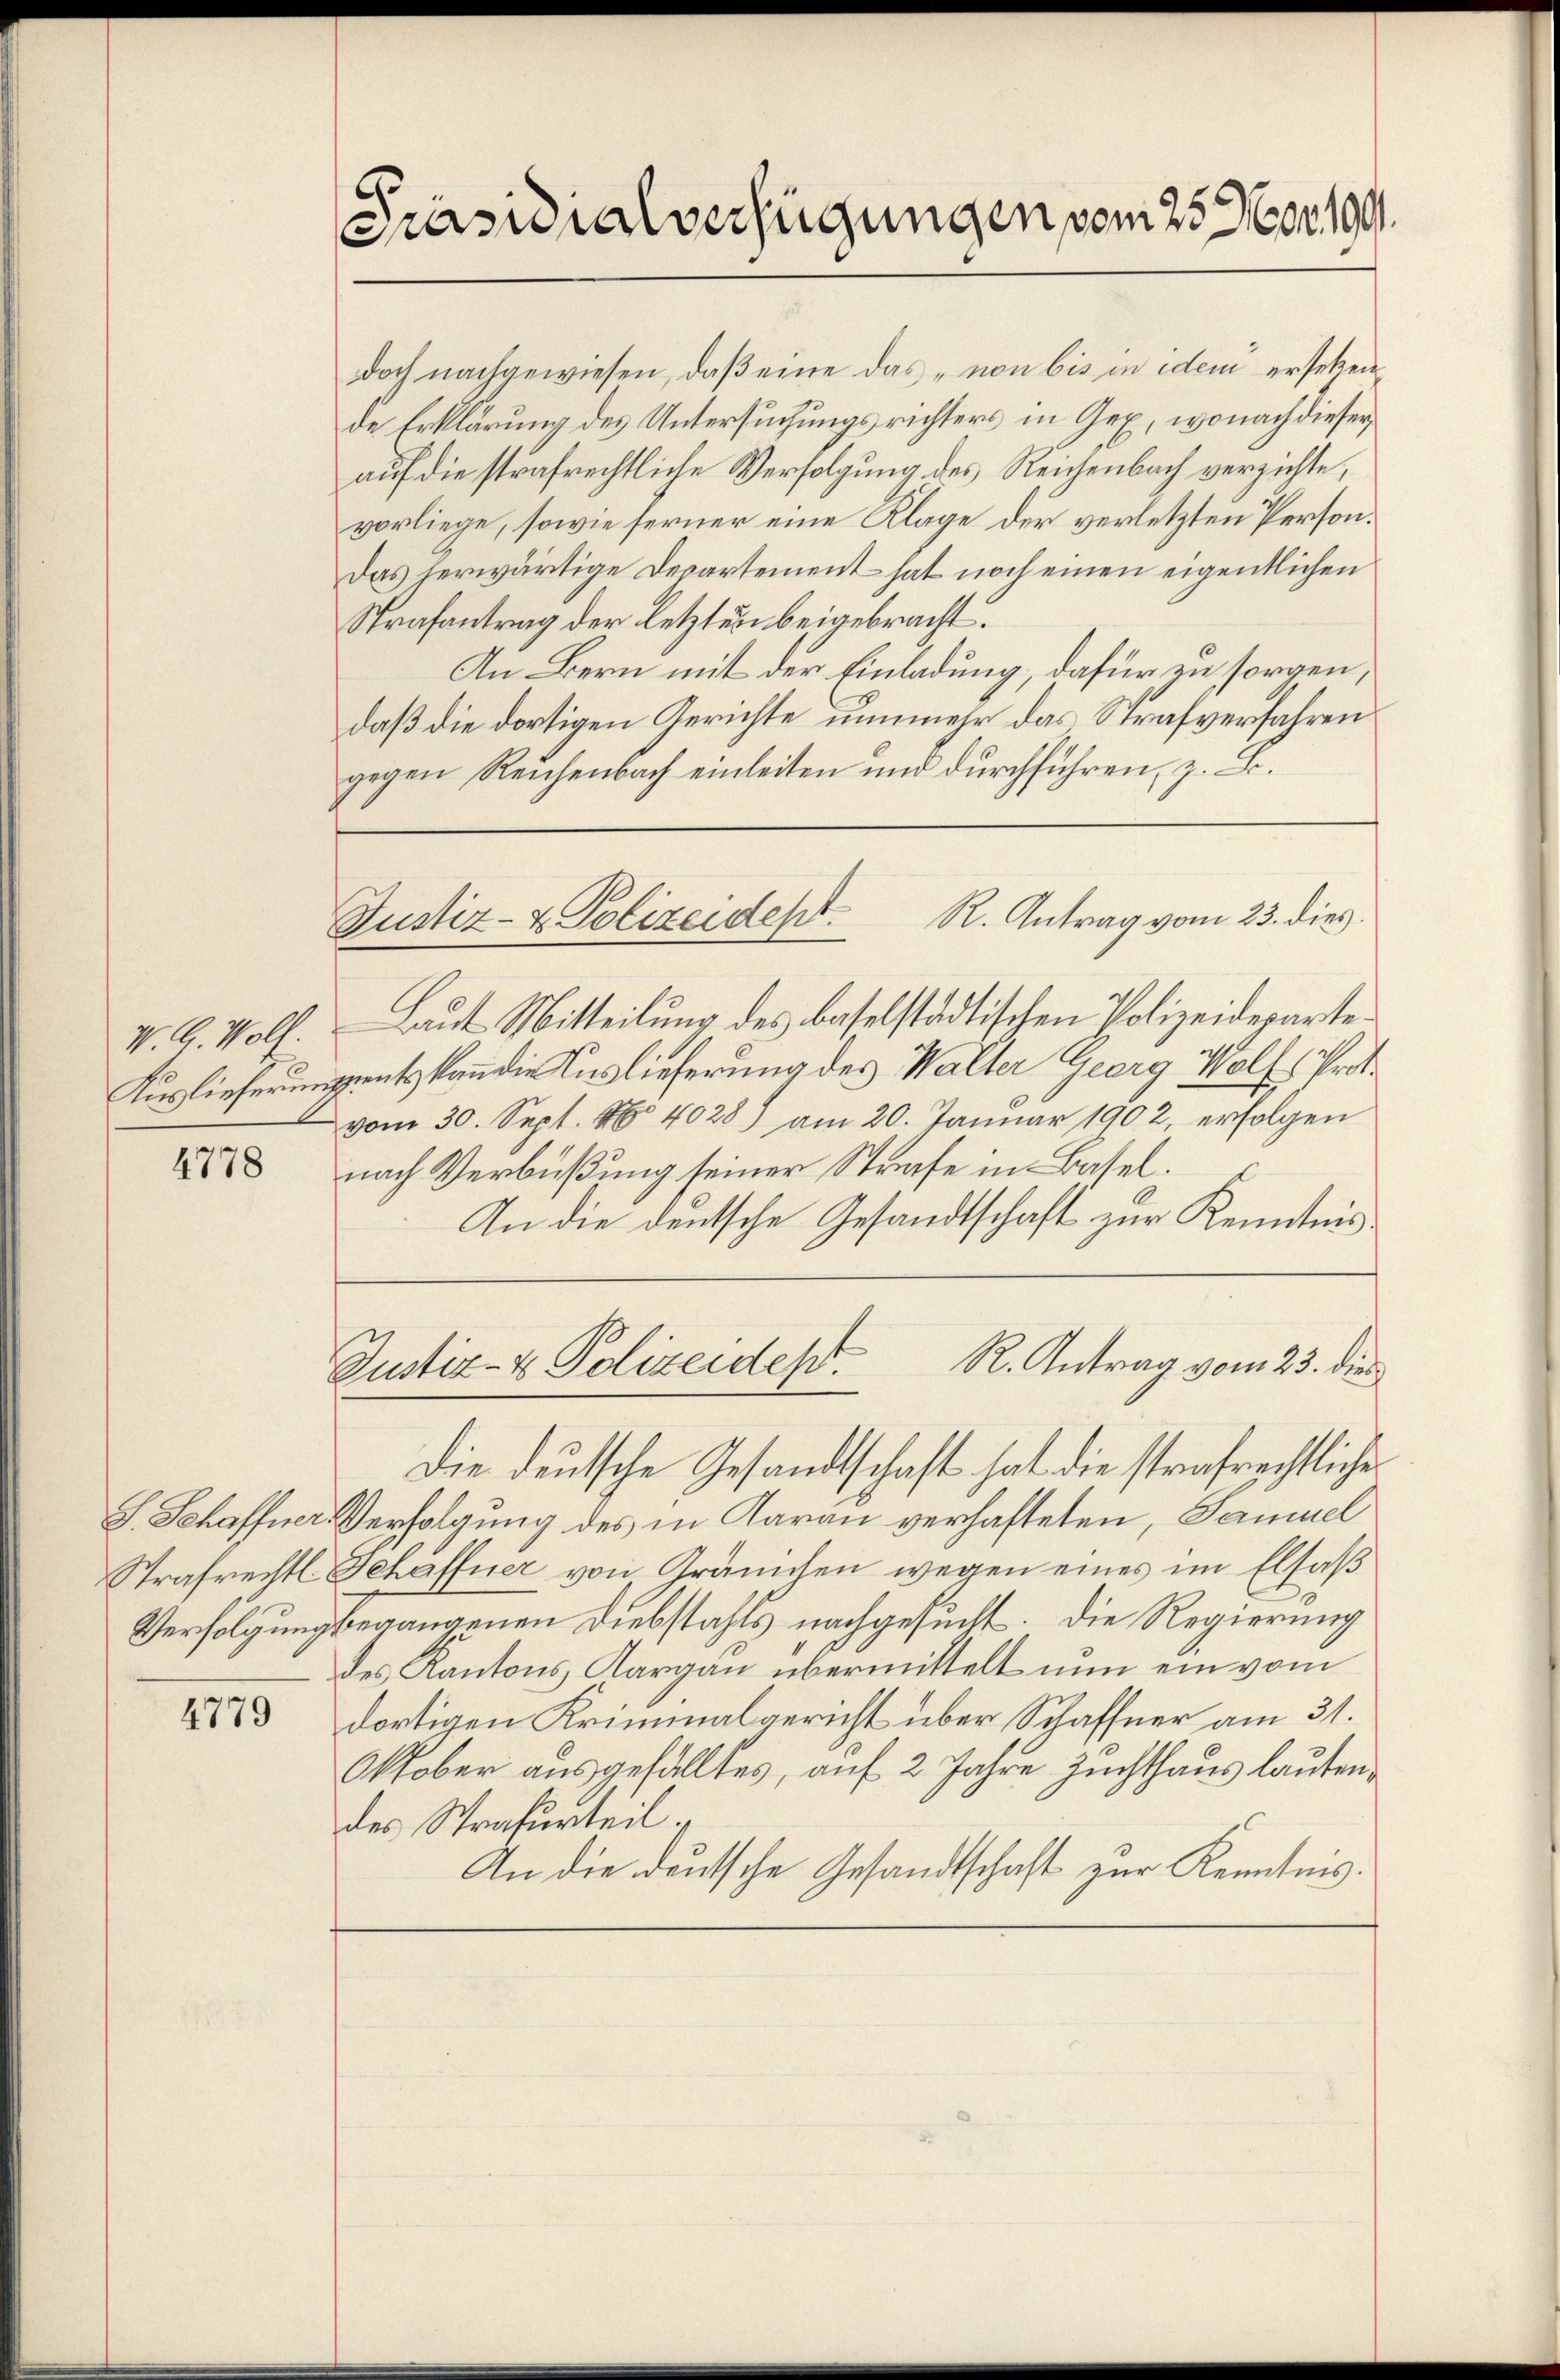
V. G. Wolf.
Auslieferung

4778

S. Schaffner.
Verfolgung

4779

Präsidialverfügungen vom 25. Nov. 199.

doch nachgewiesen, daß eine das „non bis in idem ersetzen
de Erklärung des Untersuchungsrichters in Gex, wonach dieser
auf die strafrechtliche Verfolgung des Reichenbach verzichte,
vorliege, sowie ferner eine Klage der verletzten Person¬
Das herwärtige Departement hat noch einen eigentlichen
Strafantrag der letzten beigebracht.
An Bern mit der Einladung, dafür zu sorgen,
daß die dortigen Gerichte nunmehr das Strafverfahren
gegen Reichenbach einleiten und durchführen, z. B.

R. Antrag vom 23. dies
Justiz- & Polizeidept.

Laut Mitteilung des baselstädtischen Polizeideparte
ents kann die Auslieferung des Walter Georg Wolf, Prot
vom 30. Sept. 14028) am 20. Januar 1902, erfolgen
nach Verbüßung seiner Strafe in Basel.
An die deutsche Gesandtschaft zur Kenntnis¬

R. Antrag vom 23. die
Justiz- & Polizeides.
Die deutsche Gesandtschaft hat die strafrechtliche

Verfolgung des in Aarau verhafteten, Samuel
Strafrechts Schaffner von Grämchen wegen eines im Elsaß
begangenen Diebstahls nachgesucht. Die Regierung
des Kantons Aargau übermittelt nun ein vom
dortigen Kriminalgericht über Schaffner am 31.
Oktober ausgefälltes, auf 2 Jahre Zuchthaus lauten,
des Strafurteil,
An die deutsche Gesandtschaft zur Kenntnis.